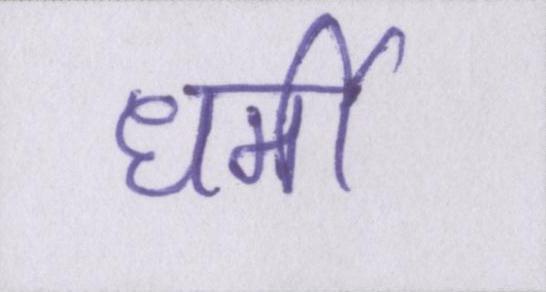
धर्मी